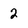
Character: 2